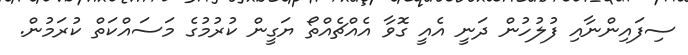
ސިފައިންނާއި ފުލުހުން ދަނީ އެއީ ގޮވާ އެއްޗެއްތޯ ޔަގީން ކުރުމުގެ މަސައްކަތް ކުރަމުން.